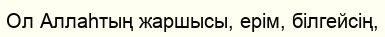
Ол Аллаһтың жаршысы, ерім, білгейсің,